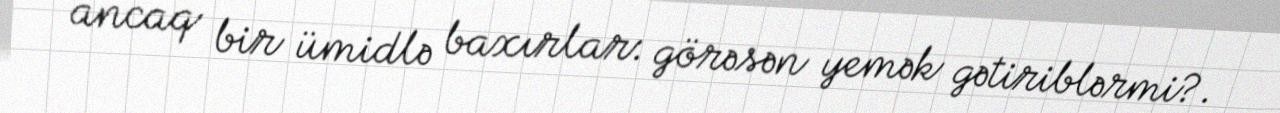
ancaq bir ümidlə baxırlar: görəsən yemək gətiriblərmi?.